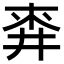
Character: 𪜅